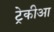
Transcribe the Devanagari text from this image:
ट्रेकीआ